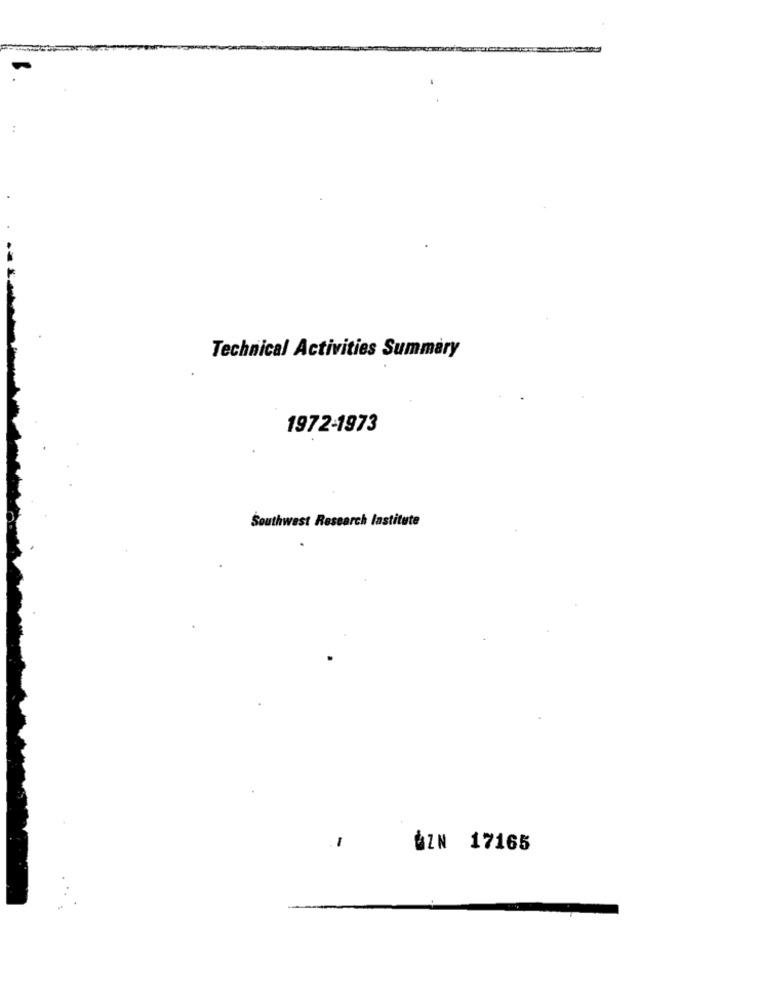
Technical Activities Summary
1972-1973
Southwest Research Institute
ÅZN 17165